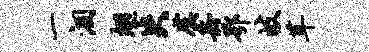
一涸翅失虞岳鄂岐茸